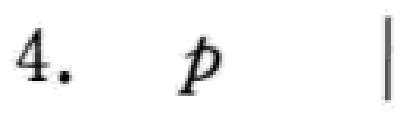
4. \(p\)